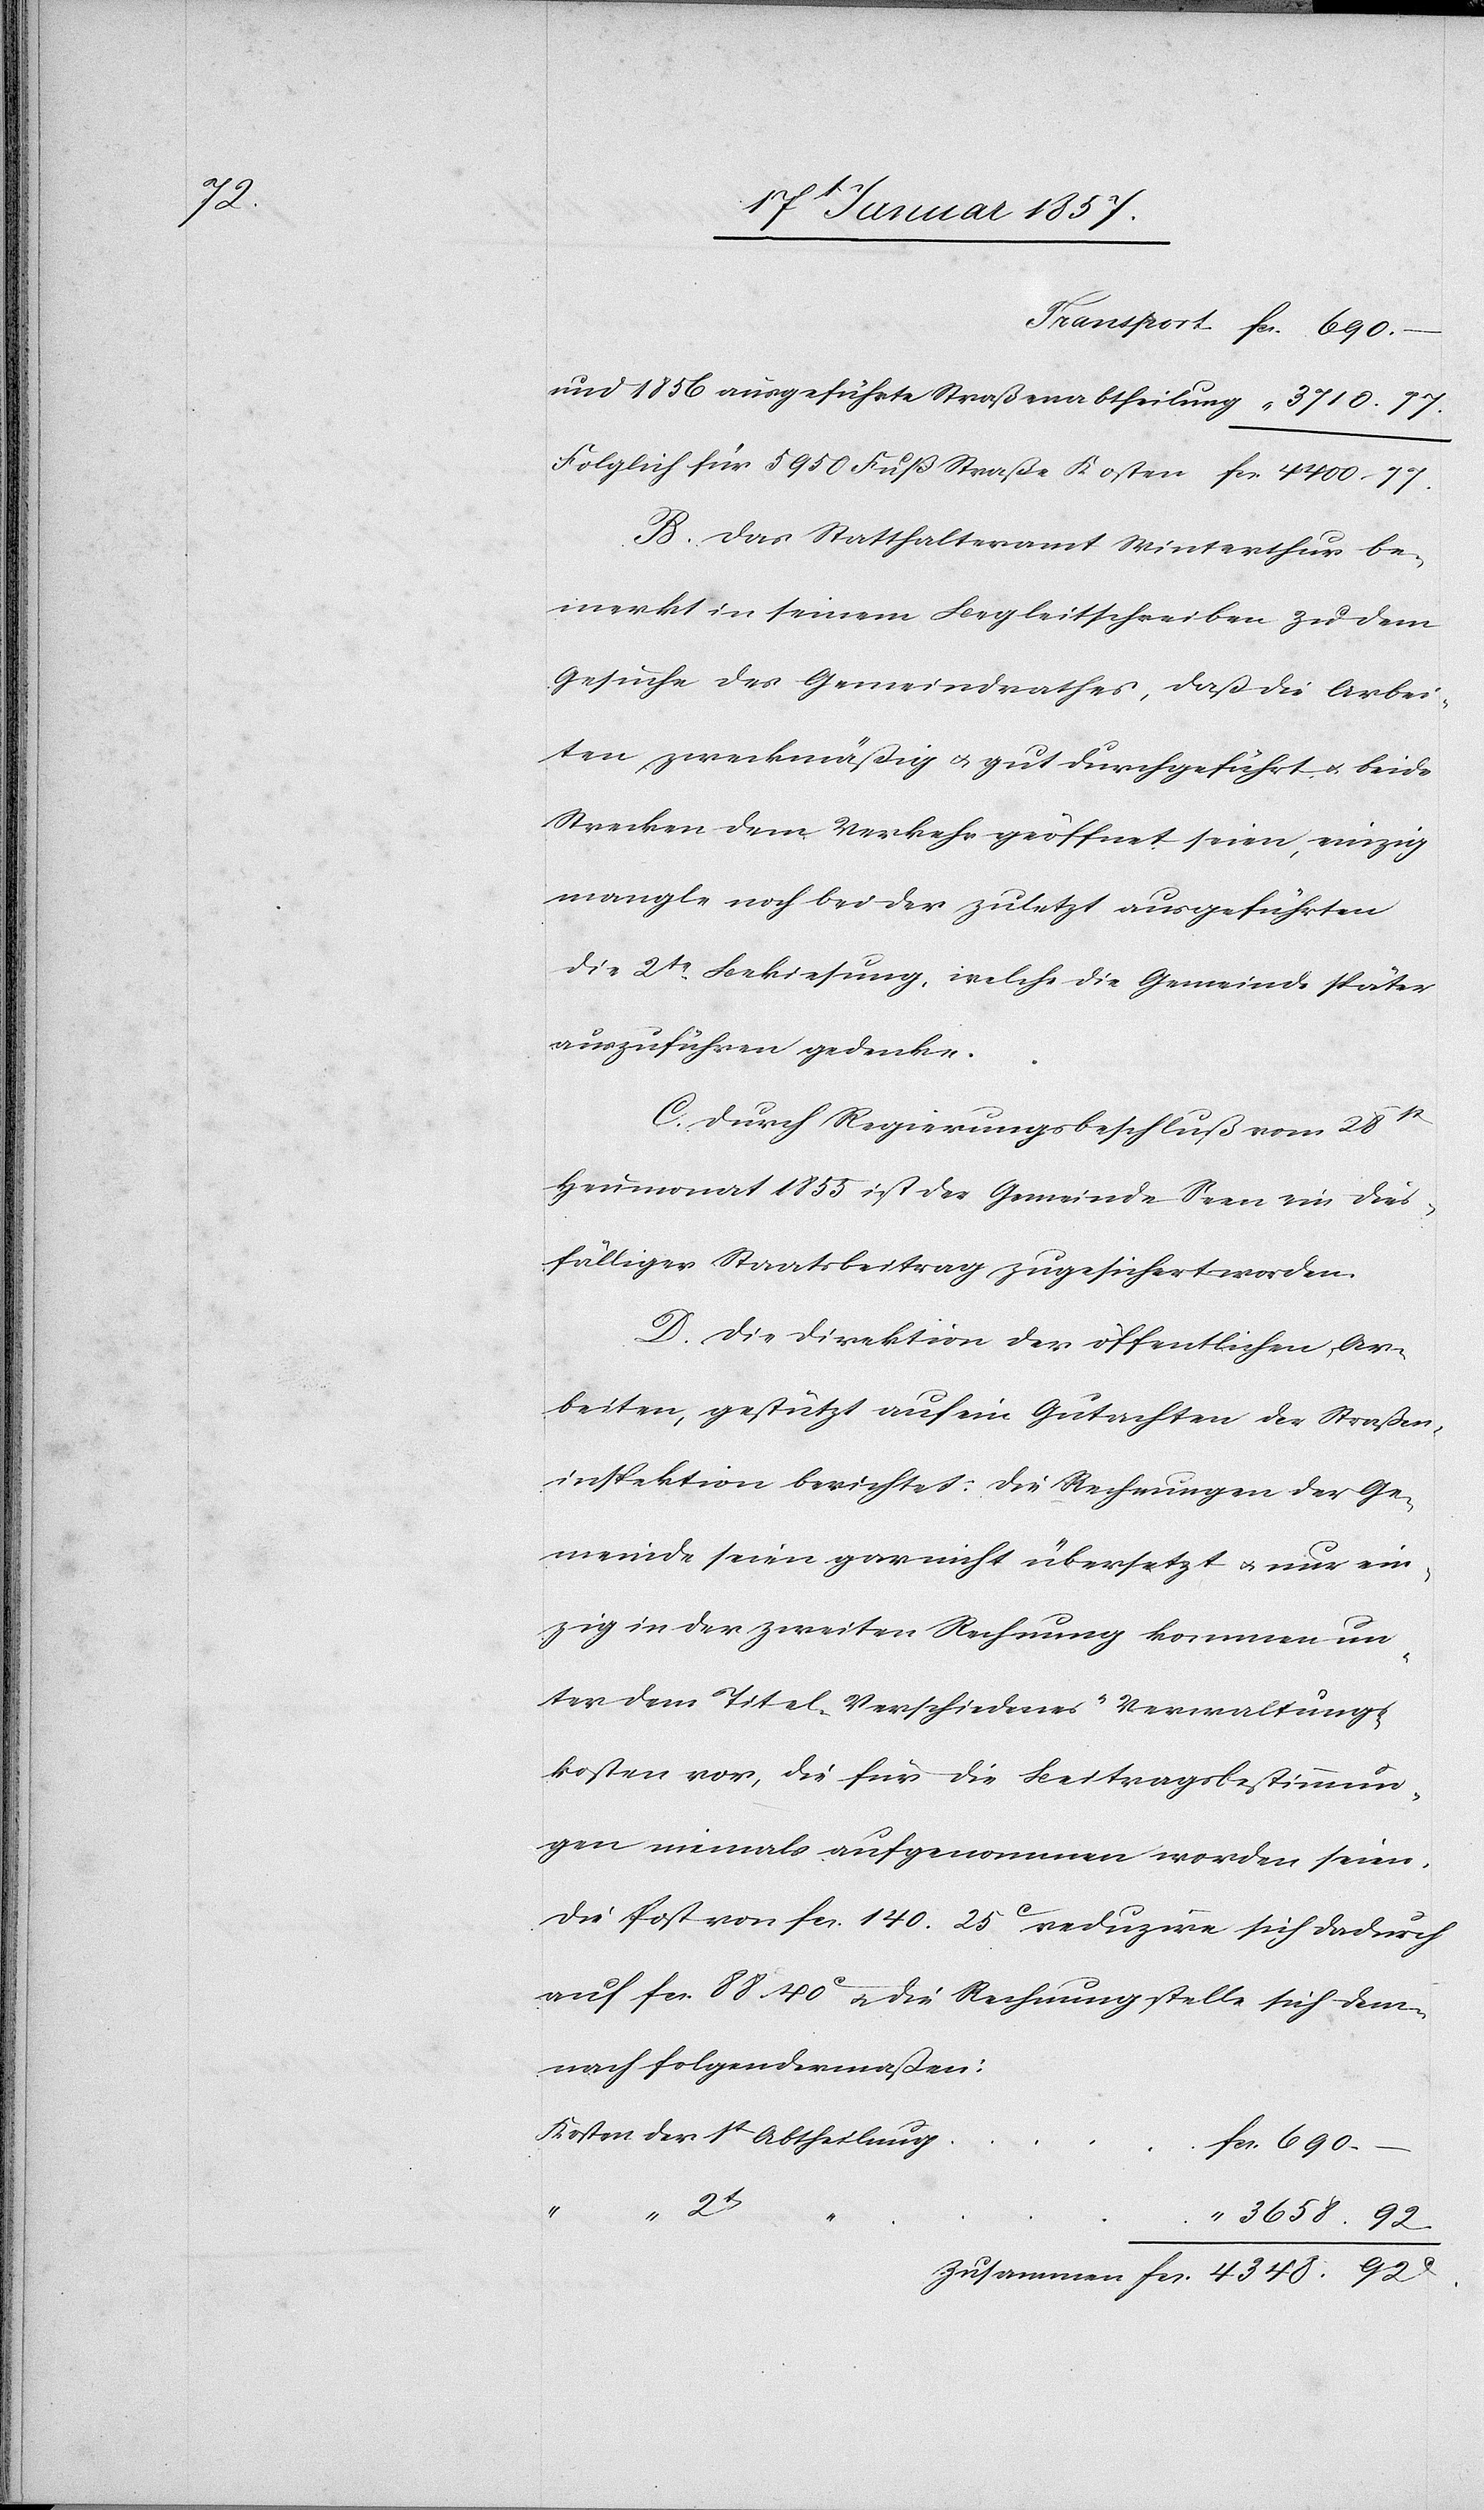
92 c.

und 1856 ausgeführte Straßenabtheilung
Folglich für 5950 Fuß Straße Kosten
B. Das Statthalteramt Winterthur be¬
merkt in seinem Begleitschreiben zu dem
Gesuche des Gemeindrathes, daß die Arbei¬
ten zweckmäßig & gut durchgeführt & beide
Strecken dem Verkehr geöffnet seien, einzig
mangle noch beider zuletzt ausgeführten
die 2te Bekiesung, welche die Gemeinde später
auszuführen gedenke.
C. Durch Regierungsbeschluß vom 28t[en]
Heumonat 1855 ist der Gemeinde Seen ein dies¬
fälliger Staatsbeitrag zugesichert worden.
D. Die Direktion der öffentlichen Ar¬
beiten, gestützt auf ein Gutachten der Straßend¬
irektion berichtet: Die Rechnungen der Ge¬
meinde seien gar nicht übersetzt & nur ein¬
zig in der zweiten Rechnung kommen un¬
ter dem Titel „Verschiedenes“ Verwaltungs¬
kosten vor, die für die Beitragsbestimmun¬
gen niemals aufgenommen worden seien.
Die Posten von fcs. 140. 25 c reduzire sich dadurch
auf fcs. 88. 40 c & die Rechnung stelle sich dem¬
nach folgendermaßen:
Kosten der 1t Abtheilung